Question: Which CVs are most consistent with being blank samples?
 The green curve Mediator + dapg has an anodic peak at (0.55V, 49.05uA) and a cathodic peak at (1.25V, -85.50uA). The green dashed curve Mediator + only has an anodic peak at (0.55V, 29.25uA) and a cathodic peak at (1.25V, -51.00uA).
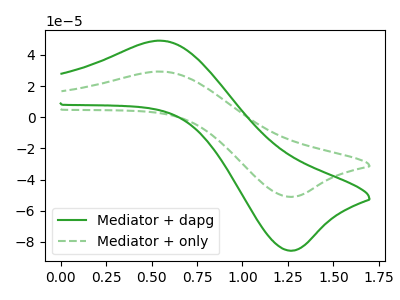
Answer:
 <answer>There are not any CV's on this graph that are likely to be blanks.</answer>
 <eval>none</eval>